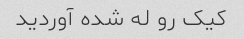
کیک رو له شده آوردید